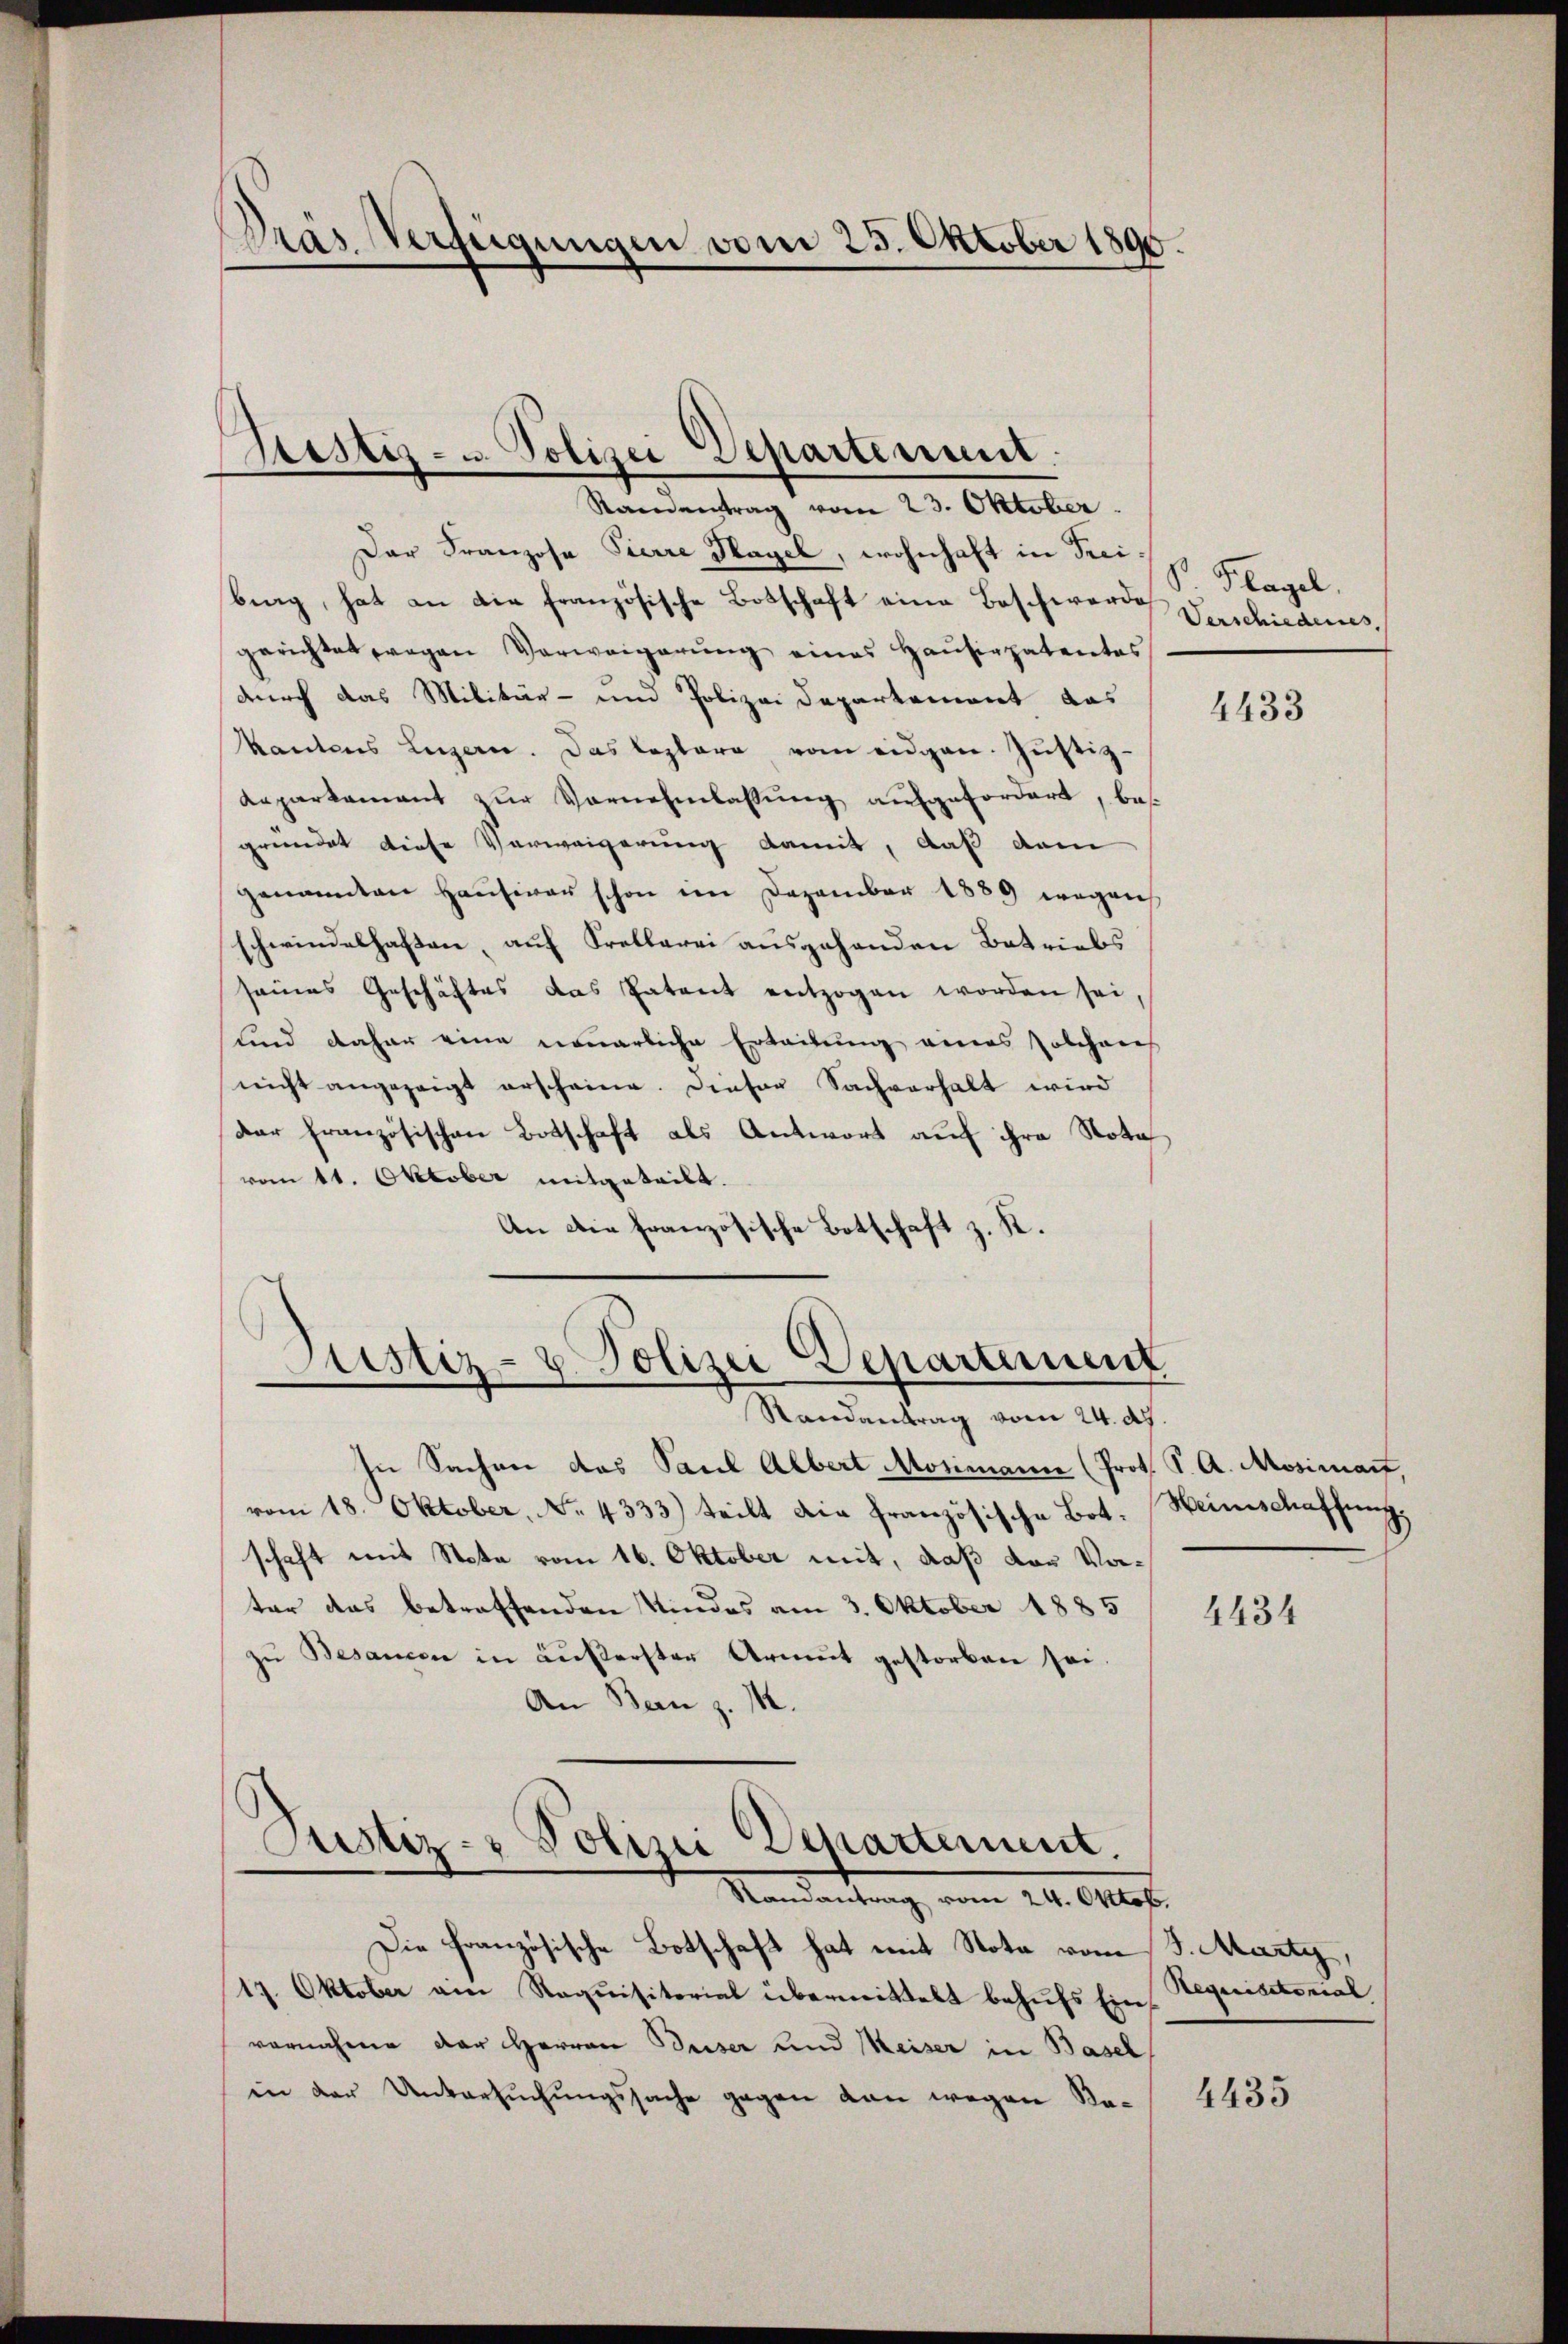
Dras Verfügungen vom 25. Oktober 1890.

Bestiz- u. Polizei Departement.

Randentrag vom 23. Oktober.
Der Franzose Pierre Nagel, wohnhaft in Freibrag, hat an die französische Botschaft eine Beschwerde
gerichtet wegen Verweigerŭng eines Haŭsirpatentes
durch das Militär- und Polizei Departement das
kantons Luzern. Das leztere vom eidgen. Justiz-
Kaparkament zŭr Vornehmlassŭng aufgefordert, bes
gründet diese Verweigerung damit, daß dem
genannten Hausiver schon im Dezember 1889 wegen
schwindelhaften, auf Kretlerei ausgehenden Betriebs
seines Geschäftes das Patent entzogen worden sei
und daher eine neuerliche Erteilung eines solchens
nicht angezeigt erscheine. Dieser Sachverhalt wird
Dar französischen Botschaft als Antwort auf ihre Nota
vom 11. Oktober mitgeteilt.
An die französische Botschaft z. K.
Justiz- u. Polizei Departement

V. Klagel.
Verschiederes,

Randantrag vom 24. 27.

In Sachen das Paul Albert Mosimann (Prof. S. A. Mosimart.
vom 18. Oktober, No. 4333) teilt die französische Botschaft mit Nota vom 16. Oktober mit, daß der Vorter das betreffenden Kindes am 3. Oktober 1885
zu Besanzen in äußerster Armut gestorben sei.
An Bern z. M.
Justiz- & Polizei Departement.
Stamantrag vom 24. Oktob
Die französische Botschaft hat mit Nota vom J. Marty,
17. Oktober ain Requisitorial übermittelt behŭfs Ein
vornahme der Herren Deser und Meiser in Basel
in der Untersuchungssache gegen von wegen Na¬

4433

Heimschaffung.

4434

Requisitorial

4435